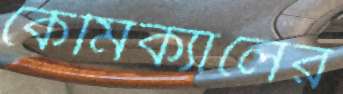
কেমিক্যালের